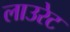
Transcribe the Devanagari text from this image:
लाउरेट